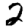
Digit: 2